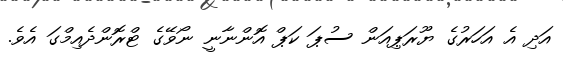
އަދި އެ އަހަރުގެ ޔޫރަޕިއަން ސުޕަ ކަޕް އޮންނާނީ ނޯވޭގެ ޓްރޮންދެއިމްގަ އެވެ.